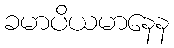
ခမာပိယမာနေန